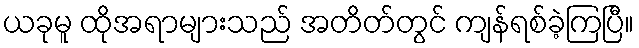
ယခုမူ ထိုအရာများသည် အတိတ်တွင် ကျန်ရစ်ခဲ့ကြပြီ။